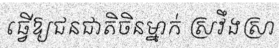
ធ្វើឱ្យជនជាតិចិនម្នាក់ ស្រវឹងស្រា